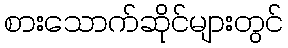
စားသောက်ဆိုင်များတွင်